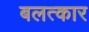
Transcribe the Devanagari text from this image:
बलत्कार